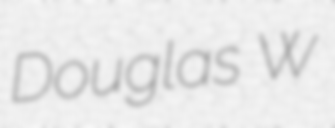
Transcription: Douglas W